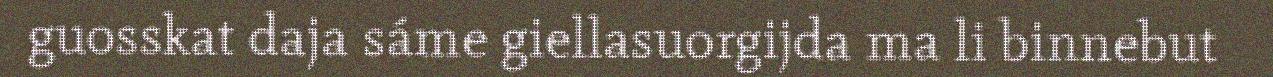
guosskat daja sáme giellasuorgijda ma li binnebut